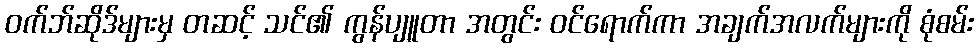
ဝက်ဘ်ဆိုဒ်များမှ တဆင့် သင်၏ ကွန်ပျူတာ အတွင်း ဝင်ရောက်ကာ အချက်အလက်များကို စုံစမ်း